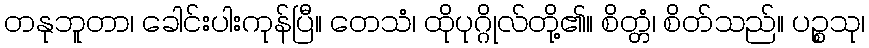
တနုဘူတာ၊ ခေါင်းပါးကုန်ပြီ။ တေသံ၊ ထိုပုဂ္ဂိုလ်တို့၏။ စိတ္တံ၊ စိတ်သည်။ ပဉ္စသု၊